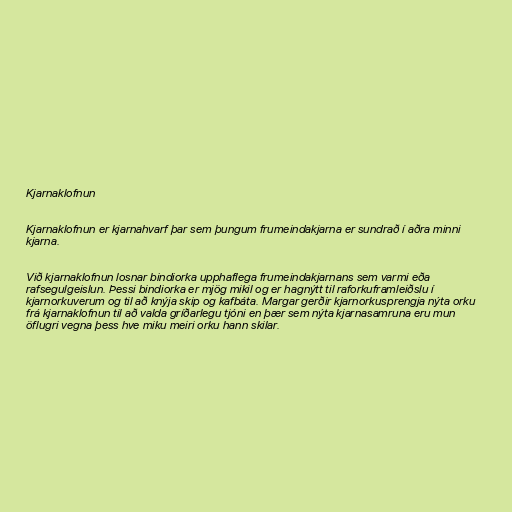
Kjarnaklofnun

Kjarnaklofnun er kjarnahvarf þar sem þungum frumeindakjarna er sundrað í aðra minni
kjarna.

Við kjarnaklofnun losnar bindiorka upphaflega frumeindakjarnans sem varmi eða
rafsegulgeislun. Þessi bindiorka er mjög mikil og er hagnýtt til raforkuframleiðslu í
kjarnorkuverum og til að knýja skip og kafbáta. Margar gerðir kjarnorkusprengja nýta orku
frá kjarnaklofnun til að valda gríðarlegu tjóni en þær sem nýta kjarnasamruna eru mun
öflugri vegna þess hve miku meiri orku hann skilar.